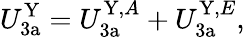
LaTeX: U_{\mathrm{3a}}^{\mathrm{Y}}=U_{\mathrm{3a}}^{\mathrm{Y},A}+U_{\mathrm{3a}}^{\mathrm{Y},E},